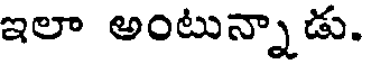
ఇలా అంటున్నాడు.